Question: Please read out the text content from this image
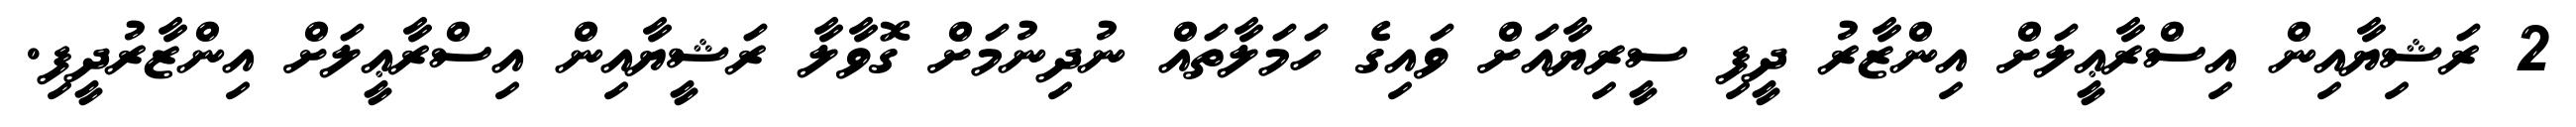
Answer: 2 ރަޝިޔާއިން އިސްރާޢީލަށް އިންޒާރު ދީފި ސީރިޔާއަށް ވައިގެ ހަމަލާތައް ނުދިނުމަށް ގޮވާލާ ރަޝީޔާއިން އިސްރާޢީލަށް އިންޒާރުދީފި.